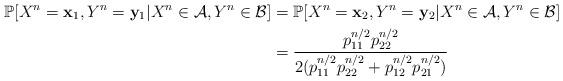
LaTeX: \begin{align*}\mathbb{P}[X^n=\mathbf{x}_1, Y^n=\mathbf{y}_1|X^n\in\mathcal{A}, Y^n\in \mathcal{B}]&=\mathbb{P}[X^n=\mathbf{x}_2, Y^n=\mathbf{y}_2|X^n\in\mathcal{A}, Y^n\in \mathcal{B}]\\&=\frac{p_{11}^{n/2}p_{22}^{n/2}}{2(p_{11}^{n/2}p_{22}^{n/2}+p_{12}^{n/2}p_{21}^{n/2})}\end{align*}